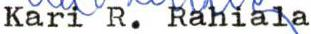
Kari R. Rahiala